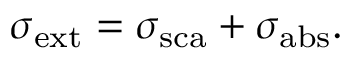
\sigma _ { \mathrm { { e x t } } } = \sigma _ { \mathrm { { s c a } } } + \sigma _ { \mathrm { { a b s } } } .